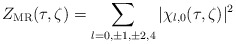
\begin{align*}Z_{\mathrm{MR}}(\tau,\zeta)=\sum_{l=0,\pm 1, \pm 2, 4} \vert \chi_{l,0}(\tau,\zeta)\vert^2\end{align*}